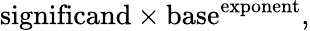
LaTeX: {\mathrm{significand}}\times{\mathrm{base}}^{\mathrm{exponent}},